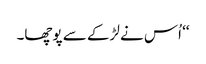
‘‘ اُس نے لڑکے سے پوچھا۔